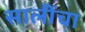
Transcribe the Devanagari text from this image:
सालींचा